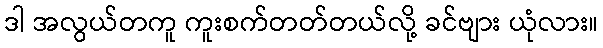
ဒါ အလွယ်တကူ ကူးစက်တတ်တယ်လို့ ခင်ဗျား ယုံလား။